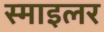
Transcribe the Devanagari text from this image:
स्माइलर